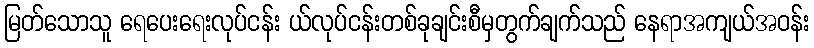
မြတ်သောသူ ရေပေးရေးလုပ်ငန်း ယ်လုပ်ငန်းတစ်ခုချင်းစီမှတွက်ချက်သည် နေရာအကျယ်အဝန်း